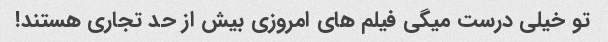
تو خیلی درست میگی فیلم های امروزی بیش از حد تجاری هستند!